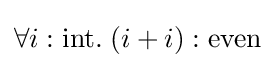
\forall i:{\text{int}}.\;(i+i):{\text{even}}